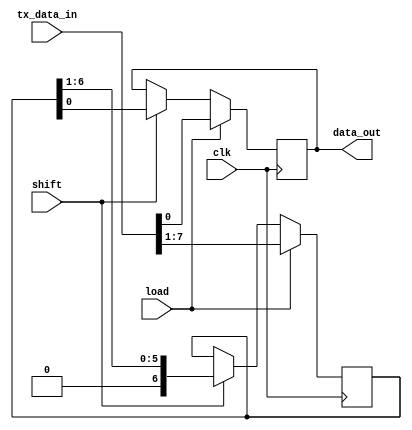
module uart_piso(load , clk,shift ,tx_data_in ,data_out);

input load , clk,shift ;
input[7:0] tx_data_in;
output reg data_out;

 reg[6:0] temp;// only 7 bit data needed bcz 1 bit will transfer with load

 always@(posedge clk )
 begin
	 if(load) begin
	   
	 data_out <= tx_data_in[0] ;
	 temp<=tx_data_in[7:1];
          end
 else if(shift)
 begin
 data_out<=temp[0];
 temp<=temp >>1 ;
/* temp[7] <= 1'b0;
 temp[6] <=temp[7];
 temp[5] <=temp[6];
 temp[4] <=temp[5];
 temp[3] <=temp[4];
 temp[2] <=temp[3];
 temp[1] <=temp[2];
 temp[0] <=temp[1];
end */
end
end


endmodule